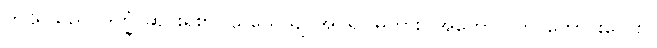
ဤသူသည်။ ဒုက္ခံ၊ ဆင်းရဲစွာ။ သယေယျ၊ အိပ်ရပါမူကား။ အဟော ဝတ၊ ကောင်းလေစွ။